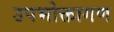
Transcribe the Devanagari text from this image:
उपभोक्तागण